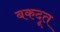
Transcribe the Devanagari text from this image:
बकदूत